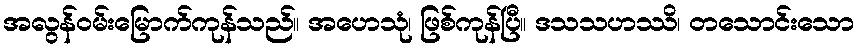
အလွန်ဝမ်းမြောက်ကုန်သည်။ အဟေသုံ၊ ဖြစ်ကုန်ပြီ။ ဒသသဟဿိ၊ တသောင်းသော